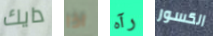
دايك اذا رآه الكسور